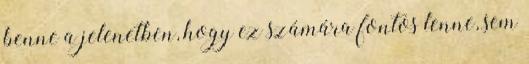
benne a jelenetben, hogy ez számára fontos lenne, sem